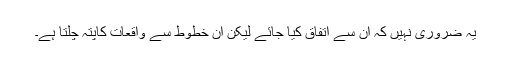
یہ ضروری نہیں کہ ان سے اتفاق کیا جائے لیکن ان خطوط سے واقعات کاپتہ چلتا ہے۔